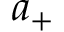
a _ { + }